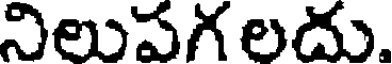
నిలుపగ లదు.